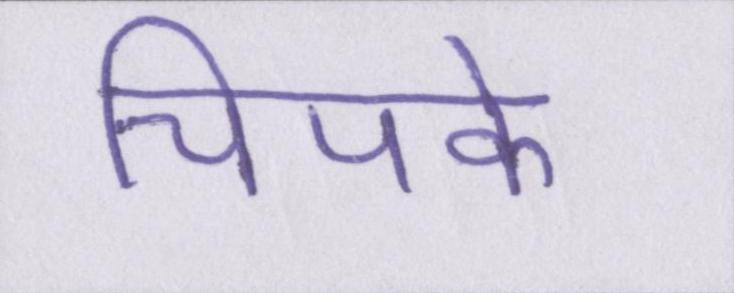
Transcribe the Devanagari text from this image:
चिपके